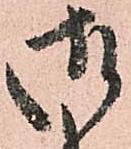
御